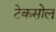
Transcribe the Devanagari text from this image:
टेकसोल